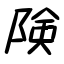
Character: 険